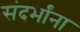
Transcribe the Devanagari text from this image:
संदर्भांना